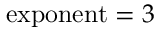
\mathrm { e x p o n e n t } = 3